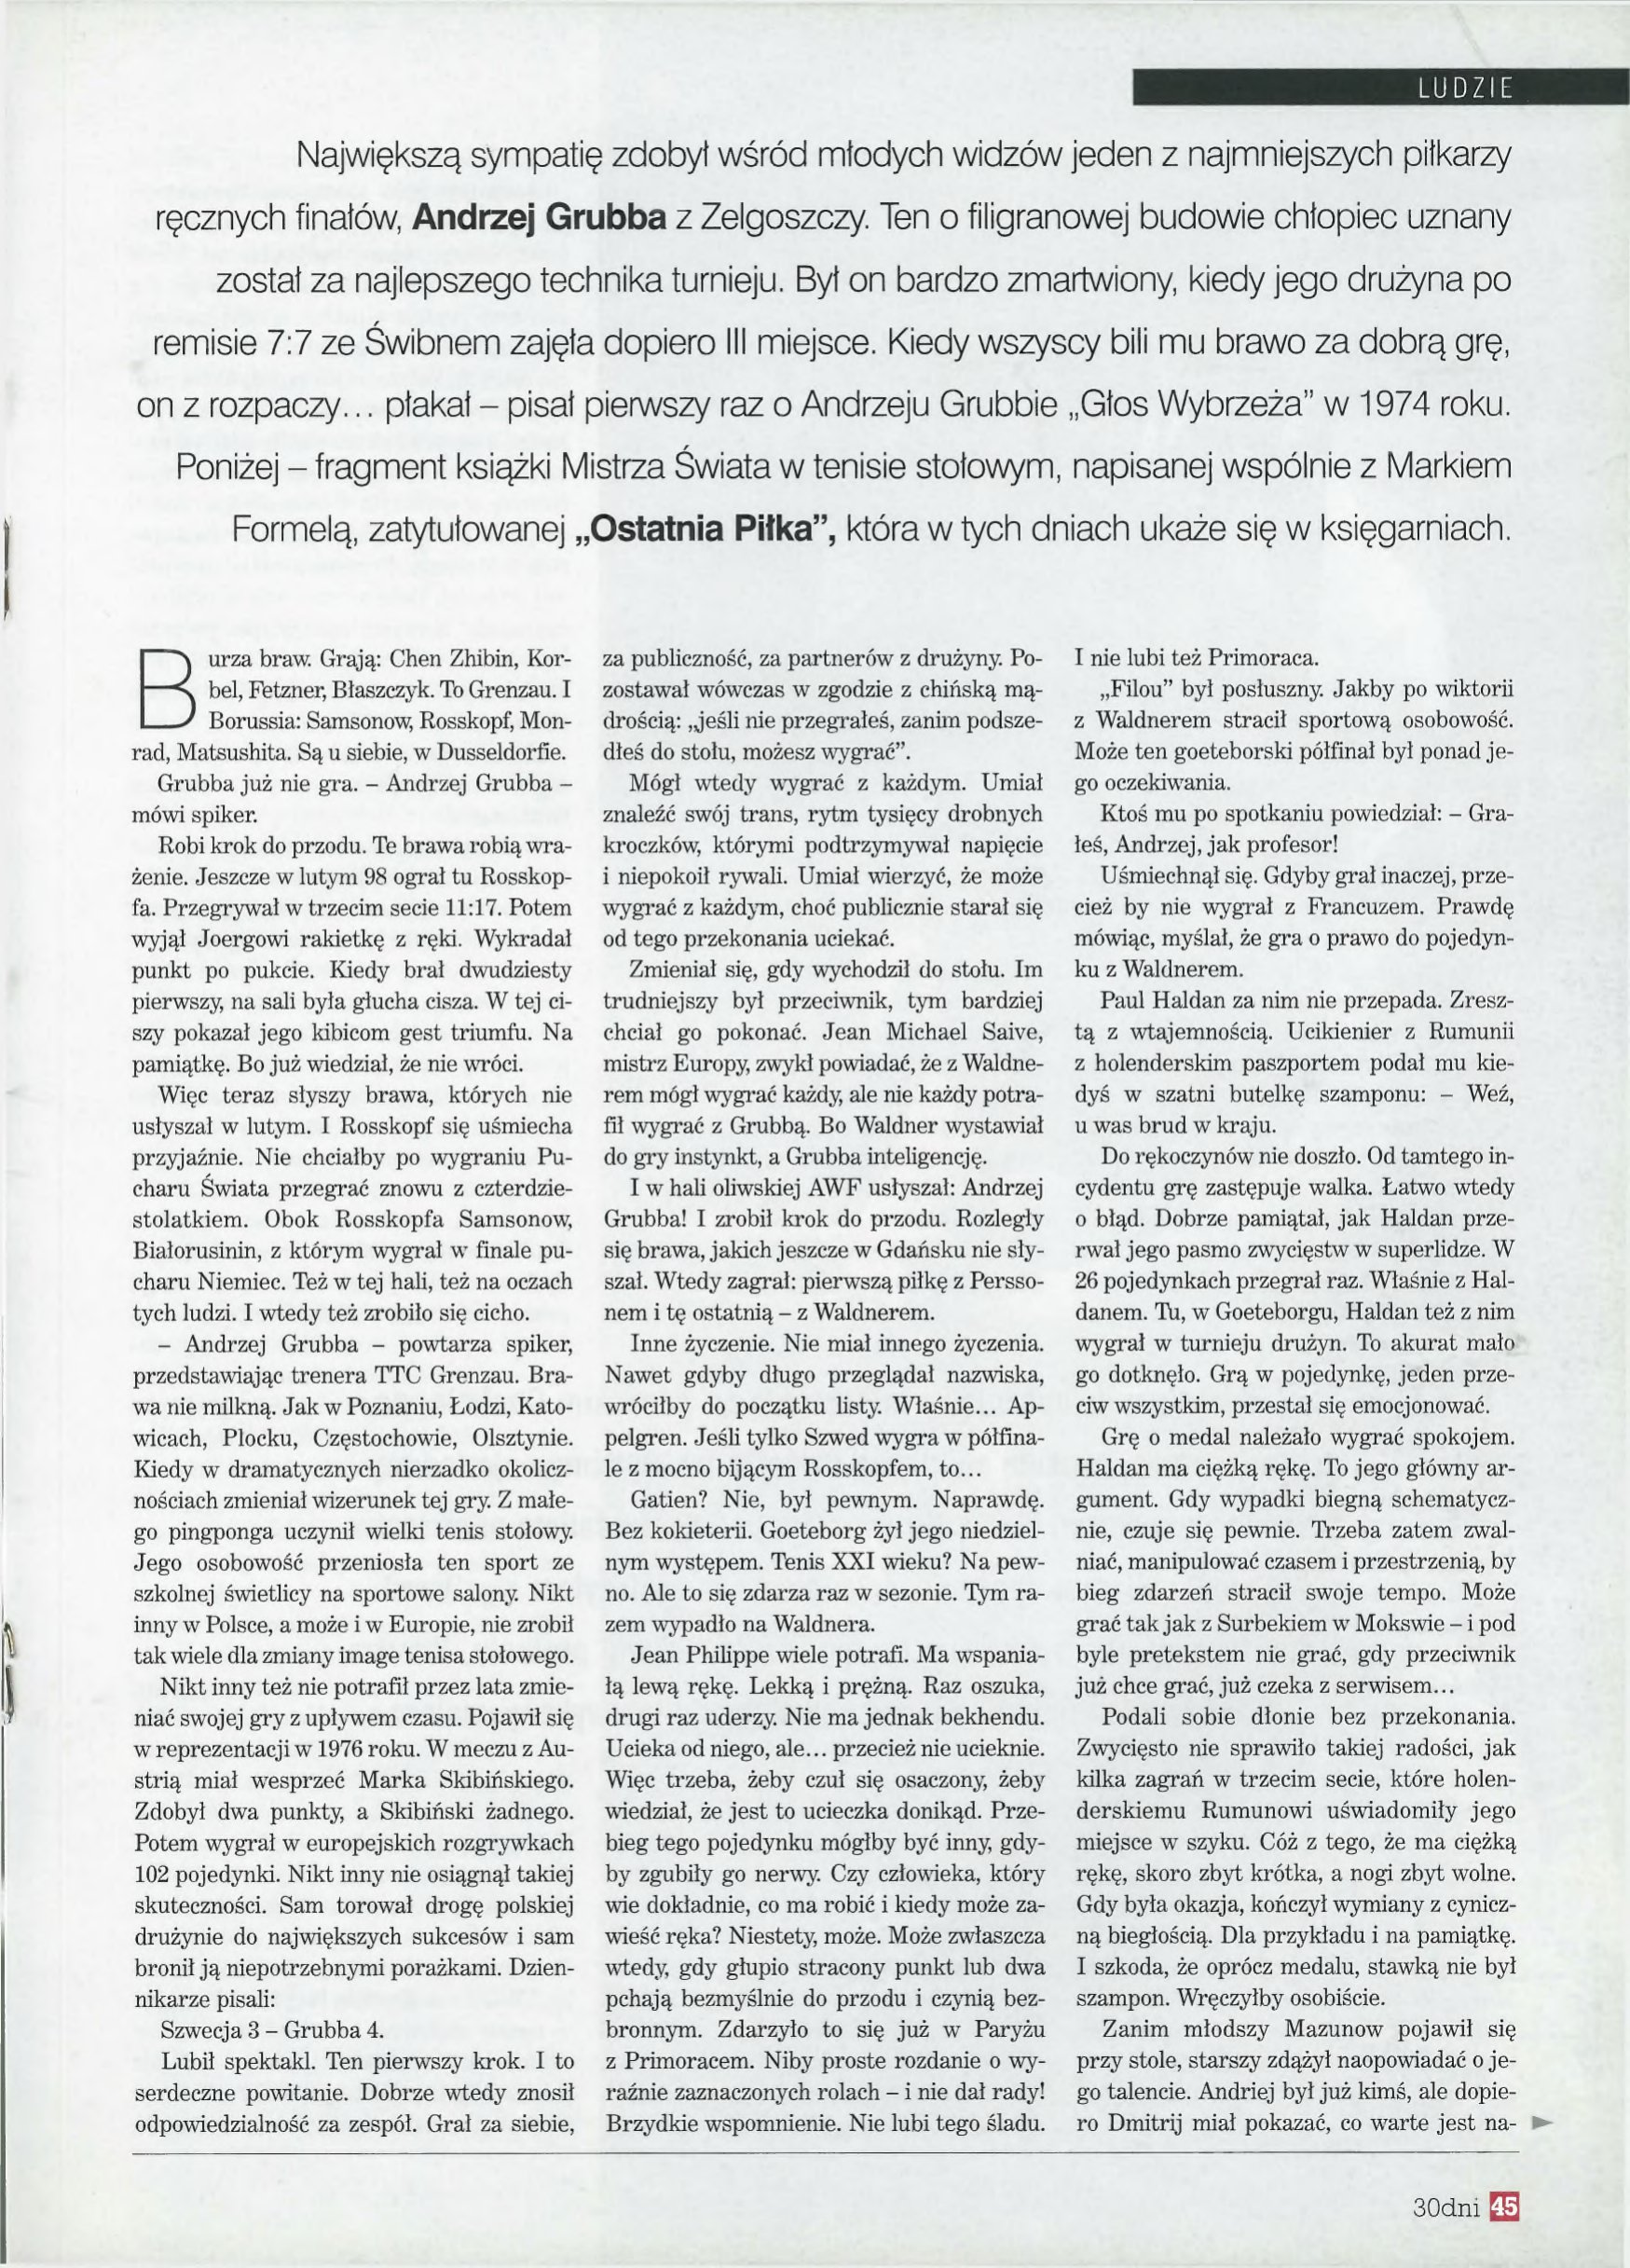
Language: pl